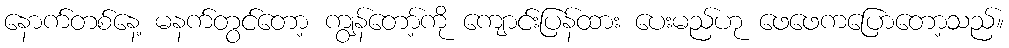
နောက်တစ်နေ့ မနက်တွင်တော့ ကျွန်တော့်ကို ကျောင်းပြန်ထား ပေးမည်ဟု ဖေဖေကပြောတော့သည်။